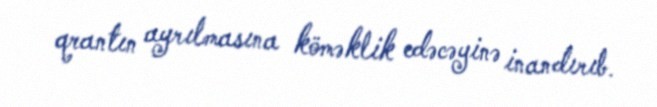
qrantın ayrılmasına köməklik edəcəyinə inandırıb.